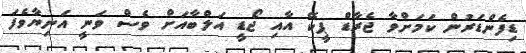
ޑިފެންޑަރުން ކަމަށްވާ ޖެރާޑް ޕީކޭ އާއި ޖޯޑީ އަލްބާއަށް ވެސް ވަނީ އަނިޔާވެފަ